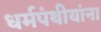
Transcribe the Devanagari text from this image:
धर्मपंथीयांना